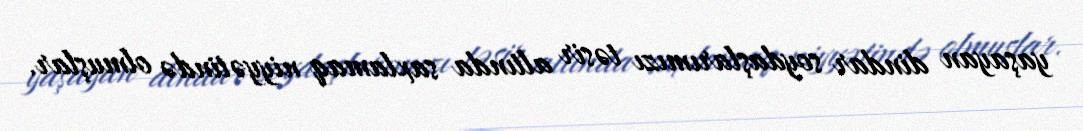
yaşayan dindar soydaşlarımızı təsir altında saxlamaq niyyətində olmuşlar.